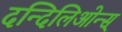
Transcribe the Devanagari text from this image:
दन्दिलिओन्स्